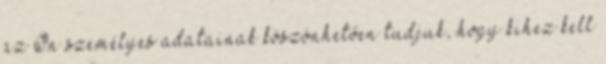
az Ön személyes adatainak köszönhetően tudjuk, hogy kihez kell